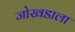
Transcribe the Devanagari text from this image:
जोखडाला